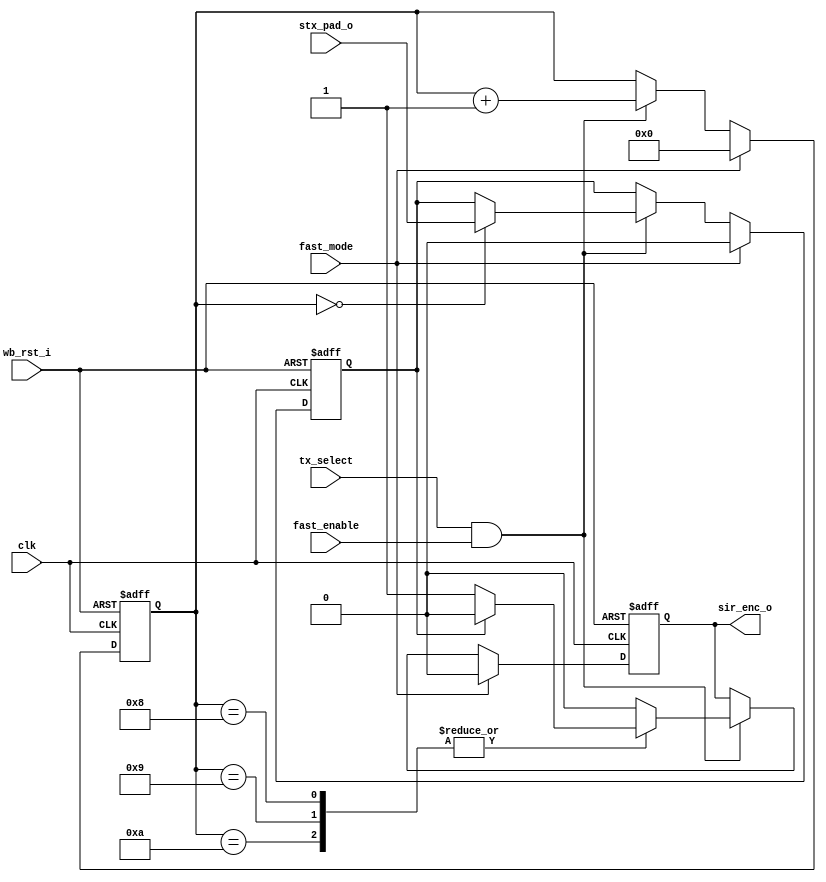
module irda_sir_encoder (clk, wb_rst_i, fast_mode, fast_enable, sir_enc_o, stx_pad_o, tx_select);
// The encoder encoder in normal power mode (not low power).
// The fast_enable signal should work 
input		clk;
input		wb_rst_i;
input		fast_mode;
input		fast_enable;
input		tx_select;
input		stx_pad_o;

output	sir_enc_o;

reg	[3:0] cnt16;
reg			latch;
reg			sir_enc_o;

always @(posedge clk or posedge wb_rst_i)
begin
	if (wb_rst_i) begin
		cnt16 <= #1 0;
		latch <= #1 0;
		sir_enc_o <= #1 0;
	end else if (fast_mode) begin
		cnt16 <= #1 0;
		latch <= #1 0;
		sir_enc_o <= #1 0;
	end else if (tx_select && fast_enable) begin
		cnt16 <= #1 cnt16 + 1;
		if (cnt16==0)
			latch <= #1 stx_pad_o;
		case (cnt16)
			8,9,10 : sir_enc_o <= #1 latch ? 0 : 1; // high on '0', low on '1'
			default : sir_enc_o <= #1 0;
		endcase				
	end
end

endmodule